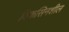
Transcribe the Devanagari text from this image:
विकसिनशील